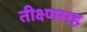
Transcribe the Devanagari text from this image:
तीक्ष्णसह